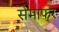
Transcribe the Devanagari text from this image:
सेमाफर